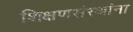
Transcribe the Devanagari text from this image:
शिक्षणसंस्थांना